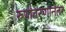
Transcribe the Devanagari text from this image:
रुपांतरणानंतर